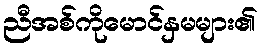
ညီအစ်ကိုမောင်နှမများ၏